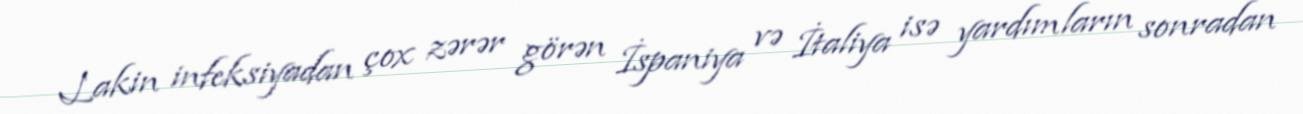
Lakin infeksiyadan çox zərər görən İspaniya və İtaliya isə yardımların sonradan